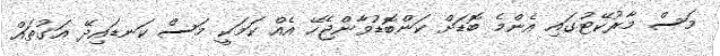
މަސް މާރުކޭޓުގައި އެންމެ ބޮޑަށް ކަންބޮޑުވާންޖެހޭ އެއް ކަމަކީ މަސް ކަނޑައިދޭ އަގުތައް